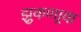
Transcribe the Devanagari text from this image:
झुकणार्‍या